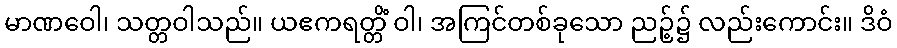
မာဏဝေါ၊ သတ္တဝါသည်။ ယဧကရတ္တိံ ဝါ၊ အကြင်တစ်ခုသော ညဉ့်၌ လည်းကောင်း။ ဒိဝံ